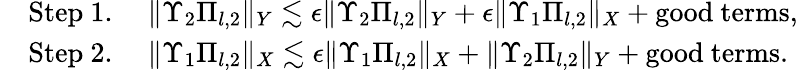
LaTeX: \begin{array}{rl}&{\mathrm{Step~1.~}\quad\| \Upsilon_{2}\Pi_{l,2}\| _{Y}\lesssim\epsilon\| \Upsilon_{2}\Pi_{l,2}\| _{Y}+\epsilon\| \Upsilon_{1}\Pi_{l,2}\| _{X}+\mathrm{good~terms},}\\ &{\mathrm{Step~2.~}\quad\| \Upsilon_{1}\Pi_{l,2}\| _{X}\lesssim\epsilon\| \Upsilon_{1}\Pi_{l,2}\| _{X}+\| \Upsilon_{2}\Pi_{l,2}\| _{Y}+\mathrm{good~terms}.}\end{array}